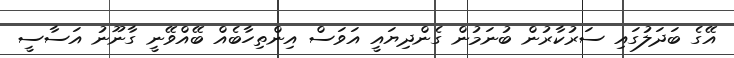
އޭގެ ބަދަލުގައި ސަރުކާރުން ބުނަމުން ގެންދިޔައީ އަވަސް އިންތިހާބެއް ބޭއްވޭނީ ގާނޫނު އަސާސީ